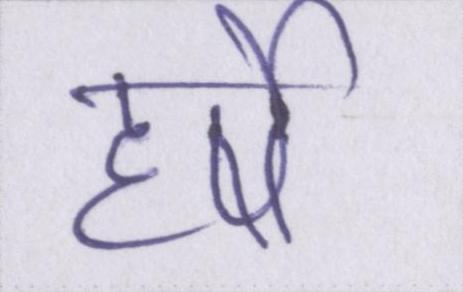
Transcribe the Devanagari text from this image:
हर्षे